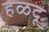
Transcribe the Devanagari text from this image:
हळदू